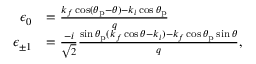
\begin{array} { r l } { \epsilon _ { 0 } } & { = \frac { k _ { f } \cos ( \theta _ { \mathrm { p } } - \theta ) - k _ { i } \cos \theta _ { \mathrm { p } } } { q } } \\ { \epsilon _ { \pm 1 } } & { = \frac { - i } { \sqrt { 2 } } \frac { \sin \theta _ { \mathrm { p } } ( k _ { f } \cos \theta - k _ { i } ) - k _ { f } \cos \theta _ { \mathrm { p } } \sin \theta } { q } , } \end{array}